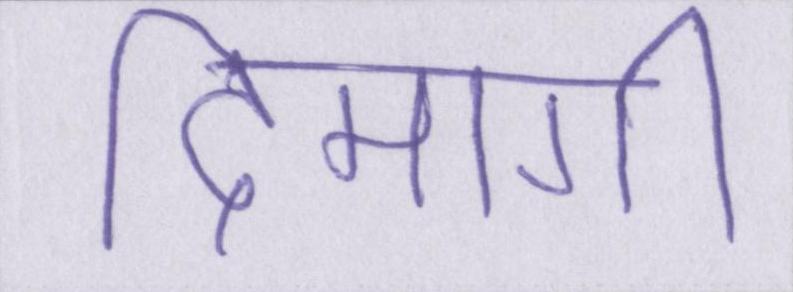
दिमागी